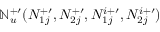
\mathbb { N } _ { u } ^ { + \prime } ( N _ { 1 j } ^ { + \prime } , N _ { 2 j } ^ { + \prime } , N _ { 1 j } ^ { i + \prime } , N _ { 2 j } ^ { i + \prime } )